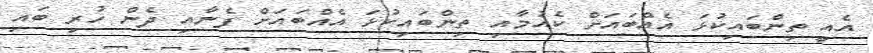
އެއީ ތިންބައިކުޅަ އެއްބައަށް ކެއުމާއި ތިންބައިކުޅަ އެއްބައަށް ފެނާއި ދެން ހުރި ބައި